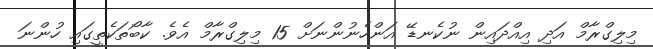
މިލިގްރާމް އަދި އިއްދައިން ނުކެނޑޭ އަންހެނުންނަށް 15 މިލިގްރާމް އެވެ. ކާބޯތަކެތީގައި ހުންނަ